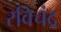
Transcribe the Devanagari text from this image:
रविचंद्र